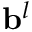
\mathbf { b } ^ { l }